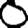
Digit: 0